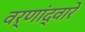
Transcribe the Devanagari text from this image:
वर्णांद्वारे